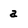
Character: a